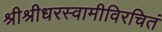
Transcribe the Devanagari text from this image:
श्रीश्रीधरस्वामीविरचितं